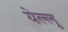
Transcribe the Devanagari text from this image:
येल्लू